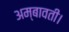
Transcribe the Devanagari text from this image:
अम्बावती।